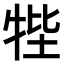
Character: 𤙞